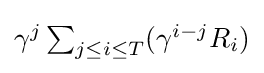
{\textstyle \gamma ^{j}\sum _{j\leq i\leq T}(\gamma ^{i-j}R_{i})}